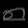
Digit: ၈